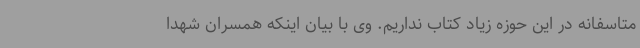
متاسفانه در این حوزه زیاد کتاب نداریم. وی با بیان اینکه همسران شهدا